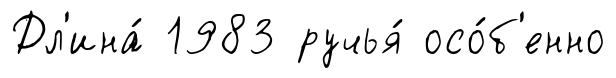
Дл'ина́ 1983 ручья́ осо́б'енно